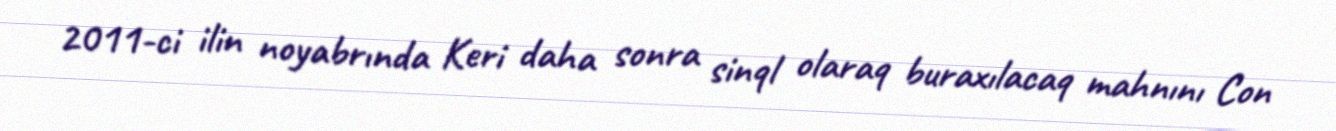
2011-ci ilin noyabrında Keri daha sonra sinql olaraq buraxılacaq mahnını Con